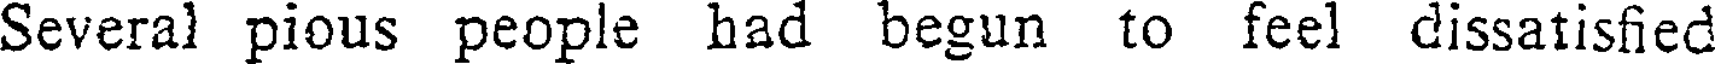
Several pious people had begun to feel dissatisfied